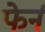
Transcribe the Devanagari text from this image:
फेर्न